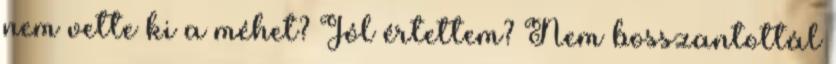
nem vette ki a méhet? Jól értettem? Nem bosszantottál